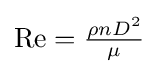
{\textstyle \mathrm {Re} ={\frac {\rho nD^{2}}{\mu }}}